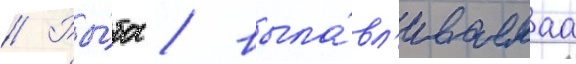
// Ры́ба / выла́вл'иваемаа